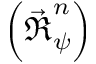
\left( \vec { \boldsymbol { \mathfrak { R } } } _ { \psi } ^ { n } \right)